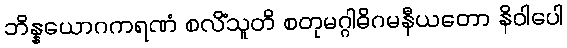
ဘိန္နယောဂကရဏံ စလိံသူတိ စတုမဂ္ဂါဓိဂမနီယတော နိဝါပေါ